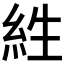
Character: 𰫡